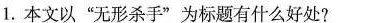
1.本文以”无形杀手”为标题有什么好处?